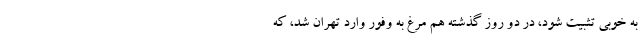
به خوبی تثبیت شود، در دو روز گذشته هم مرغ به وفور وارد تهران شد، که